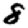
Digit: 8